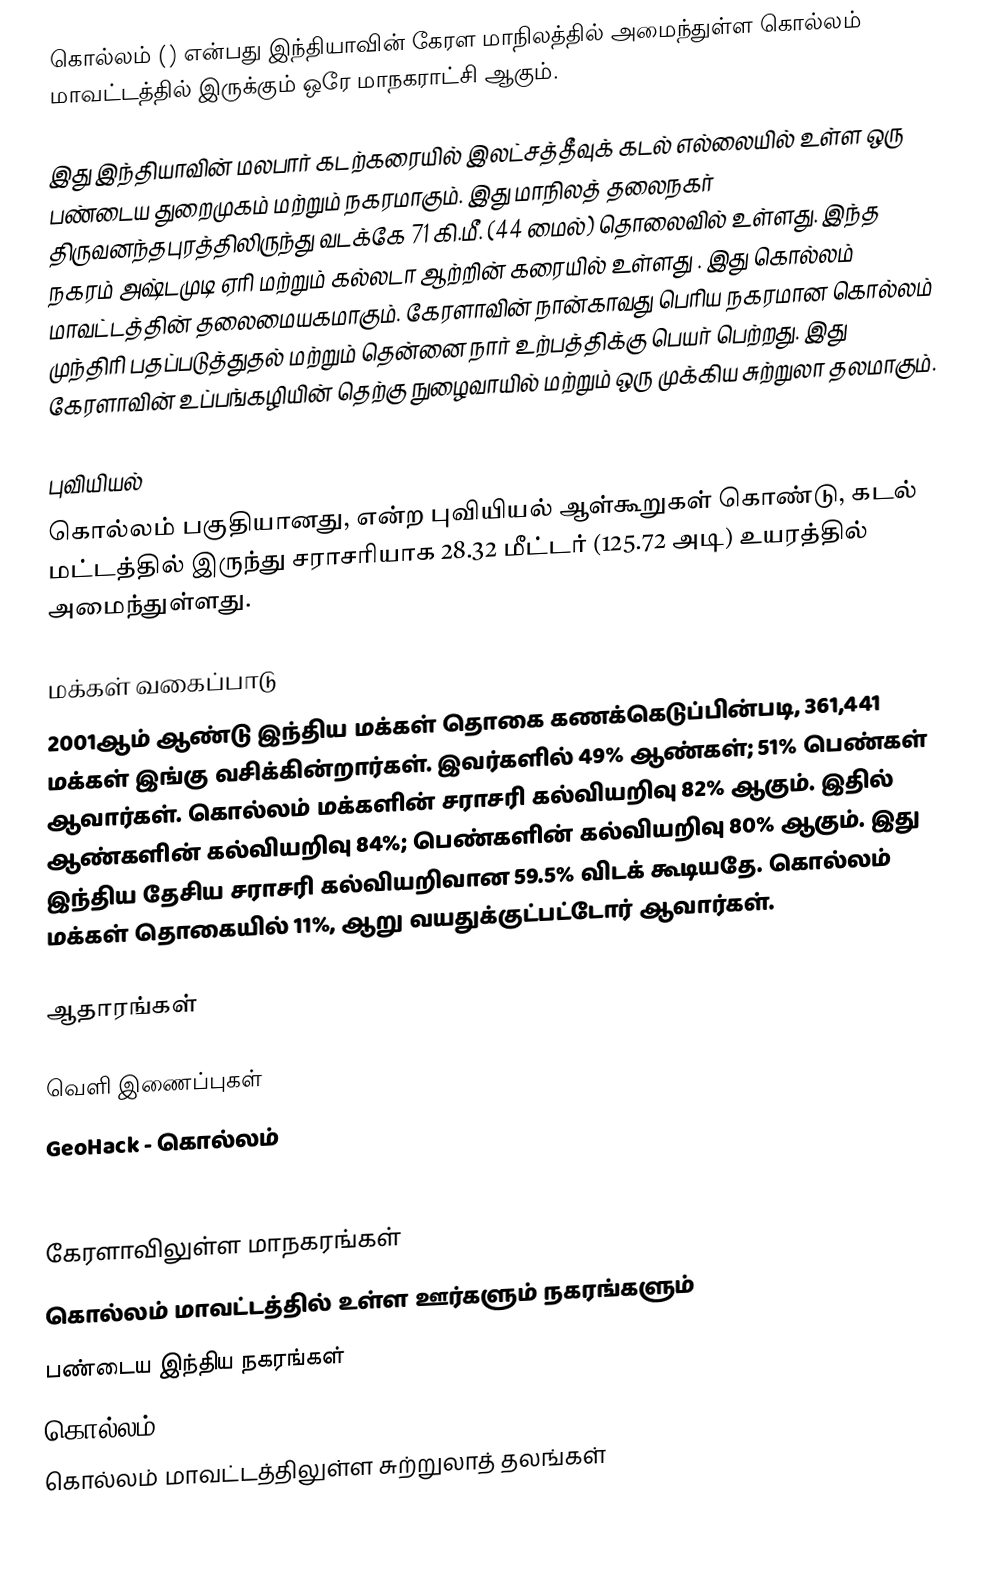
கொல்லம் () என்பது இந்தியாவின் கேரள மாநிலத்தில் அமைந்துள்ள கொல்லம் மாவட்டத்தில் இருக்கும் ஒரே மாநகராட்சி ஆகும்.

இது இந்தியாவின் மலபார் கடற்கரையில் இலட்சத்தீவுக் கடல் எல்லையில் உள்ள ஒரு பண்டைய துறைமுகம் மற்றும் நகரமாகும். இது மாநிலத் தலைநகர் திருவனந்தபுரத்திலிருந்து வடக்கே 71 கி.மீ. (44 மைல்) தொலைவில் உள்ளது.  இந்த நகரம் அஷ்டமுடி ஏரி மற்றும் கல்லடா ஆற்றின் கரையில் உள்ளது . இது கொல்லம் மாவட்டத்தின் தலைமையகமாகும். கேரளாவின் நான்காவது பெரிய நகரமான கொல்லம் முந்திரி பதப்படுத்துதல் மற்றும் தென்னை நார் உற்பத்திக்கு பெயர் பெற்றது. இது கேரளாவின் உப்பங்கழியின் தெற்கு நுழைவாயில் மற்றும் ஒரு முக்கிய சுற்றுலா தலமாகும்.

புவியியல்
கொல்லம் பகுதியானது,  என்ற புவியியல் ஆள்கூறுகள் கொண்டு, கடல் மட்டத்தில் இருந்து சராசரியாக 28.32 மீட்டர் (125.72 அடி) உயரத்தில் அமைந்துள்ளது.

மக்கள் வகைப்பாடு
2001ஆம் ஆண்டு இந்திய மக்கள் தொகை கணக்கெடுப்பின்படி, 361,441 மக்கள் இங்கு வசிக்கின்றார்கள். இவர்களில் 49% ஆண்கள்; 51% பெண்கள் ஆவார்கள். கொல்லம் மக்களின் சராசரி கல்வியறிவு 82% ஆகும். இதில் ஆண்களின் கல்வியறிவு 84%; பெண்களின் கல்வியறிவு 80% ஆகும். இது இந்திய தேசிய சராசரி கல்வியறிவான 59.5% விடக் கூடியதே. கொல்லம் மக்கள் தொகையில் 11%, ஆறு வயதுக்குட்பட்டோர் ஆவார்கள்.

ஆதாரங்கள்

வெளி இணைப்புகள்
 GeoHack - கொல்லம்

கேரளாவிலுள்ள மாநகரங்கள்
கொல்லம் மாவட்டத்தில் உள்ள ஊர்களும் நகரங்களும்
பண்டைய இந்திய நகரங்கள்
கொல்லம்
கொல்லம் மாவட்டத்திலுள்ள சுற்றுலாத் தலங்கள்